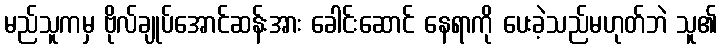
မည်သူကမှ ဗိုလ်ချုပ်အောင်ဆန်းအား ခေါင်းဆောင် နေရာကို ပေးခဲ့သည်မဟုတ်ဘဲ သူ၏